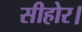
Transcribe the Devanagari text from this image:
सीहोर।